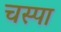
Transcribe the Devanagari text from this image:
चस्‍पा